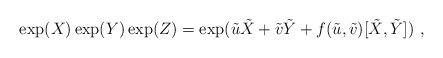
LaTeX: \begin{align*}\exp(X)\exp(Y)\exp(Z)=\exp(\tilde u \tilde X + \tilde v \tilde Y + f(\tilde u,\tilde v)[\tilde X,\tilde Y]) \ ,\end{align*}